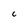
Character: C